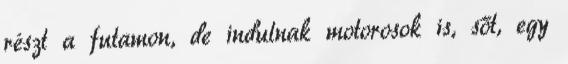
részt a futamon, de indulnak motorosok is, sőt, egy